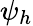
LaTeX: \psi_{h}